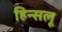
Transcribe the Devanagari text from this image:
हिन्सलू